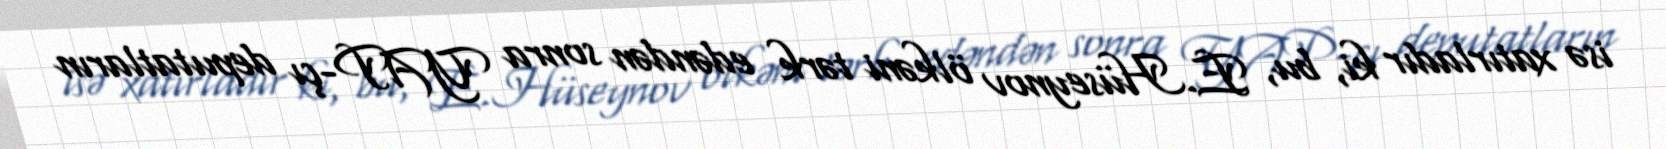
isə xatırladır ki, bu, E.Hüseynov ölkəni tərk edəndən sonra YAP-çı deputatların